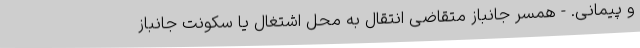
و پیمانی. - همسر جانباز متقاضی انتقال به محل اشتغال یا سکونت جانباز